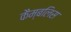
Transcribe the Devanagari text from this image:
कैम्बलिस